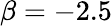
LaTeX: \beta=-2.5